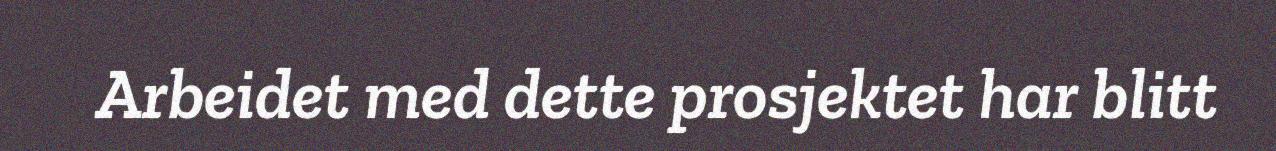
Arbeidet med dette prosjektet har blitt